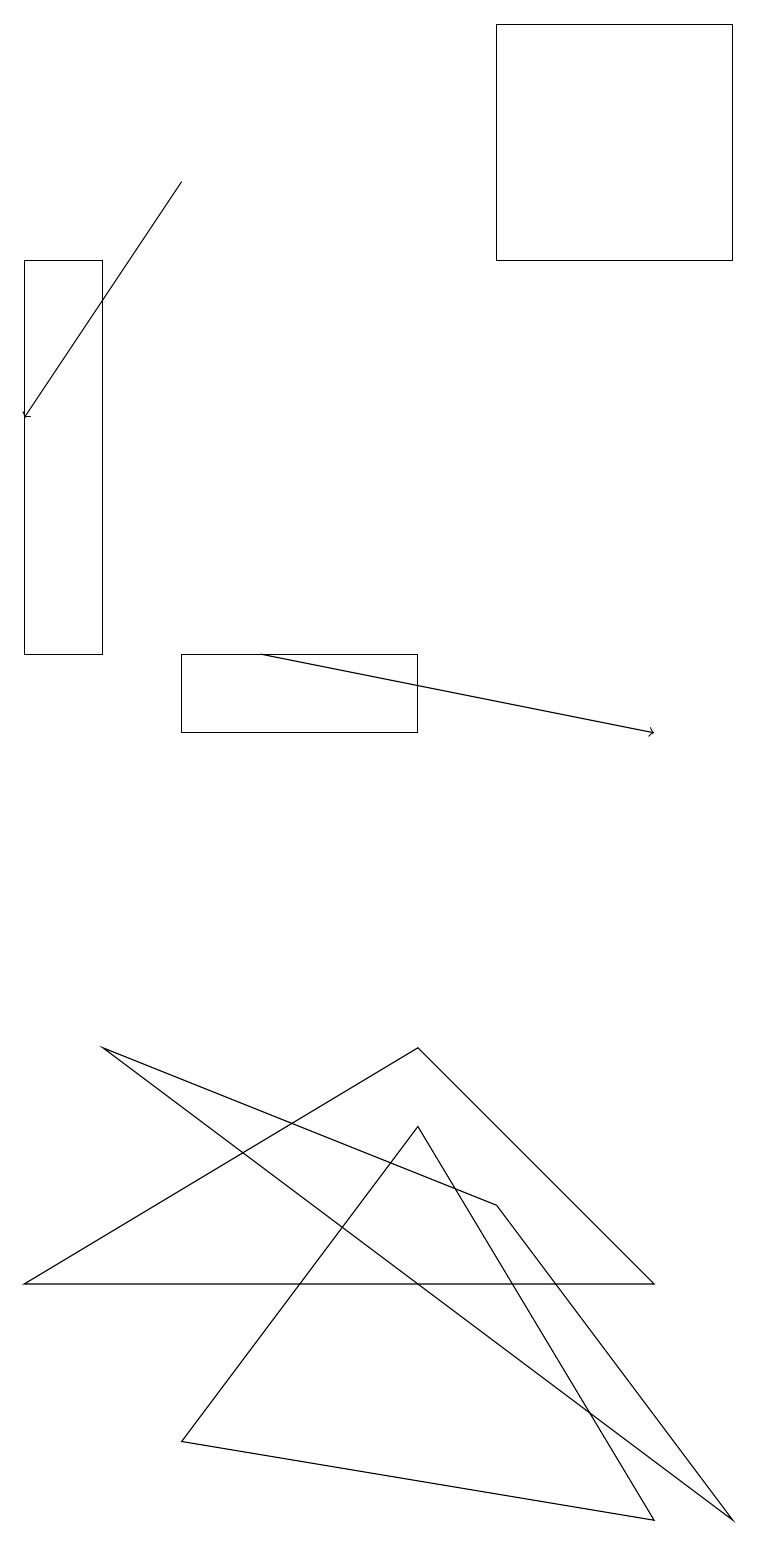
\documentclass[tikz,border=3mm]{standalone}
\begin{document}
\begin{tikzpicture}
\draw (9,0) -- (1,6) -- (6,4) -- cycle;
\draw (0,16) rectangle (1,11);
\draw[->] (3,11) -- (8,10);
\draw (5,5) -- (8,0) -- (2,1) -- cycle;
\draw (8,3) -- (5,6) -- (0,3) -- cycle;
\draw (2,10) rectangle (5,11);
\draw (6,16) rectangle (9,19);
\draw[->] (2,17) -- (0,14);
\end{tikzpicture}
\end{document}